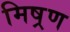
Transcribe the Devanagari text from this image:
मिष्रण